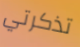
تذكرتي